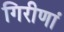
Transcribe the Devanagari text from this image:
गिरीणां